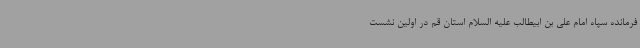
فرمانده سپاه امام علی بن ابیطالب علیه السلام استان قم در اولین نشست